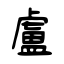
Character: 盧